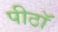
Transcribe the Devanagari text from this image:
पीठॉ